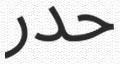
حدر